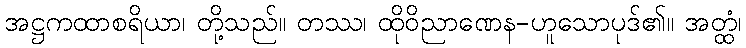
အဋ္ဌကထာစရိယာ၊ တို့သည်။ တဿ၊ ထိုဝိညာဏေန-ဟူသောပုဒ်၏။ အတ္ထံ၊